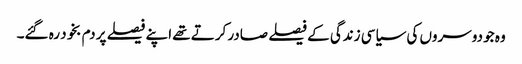
وہ جو دوسروں کی سیاسی زندگی کے فیصلے صادر کرتے تھے اپنے فیصلے پر دم بخود رہ گئے۔